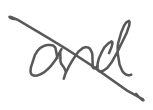
Text: and
Cross-out: diagonal
Writing tool: digital_gray